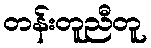
တန်းတူညီတူ